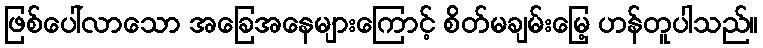
ဖြစ်ပေါ်လာသော အခြေအနေများကြောင့် စိတ်မချမ်းမြေ့ ဟန်တူပါသည်။